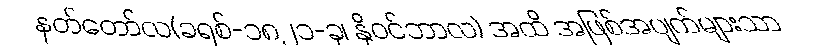
နတ်တော်လ(ခရစ်-၁၈၂၁-ခု၊ နိုဝင်ဘာလ) အထိ အဖြစ်အပျက်များသာ